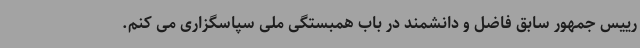
رییس جمهور سابق فاضل و دانشمند در باب همبستگی ملی سپاسگزاری می کنم.